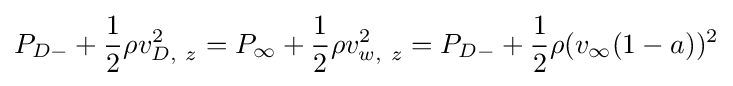
P_{D-}+{\frac {1}{2}}\rho v_{D,~z}^{2}=P_{\infty }+{\frac {1}{2}}\rho v_{w,~z}^{2}=P_{D-}+{\frac {1}{2}}\rho (v_{\infty }(1-a))^{2}